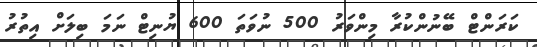
ކަރަންޓް ބޭނުންކުރާ މިންވަރު 500 ނުވަތަ 600 ޔުނިޓް ނަމަ ބިލަށް އިތުރު